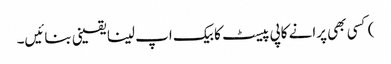
) کسی بھی پرانے کاپی پیسٹ کا بیک اپ لینا یقینی بنائیں۔